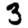
Digit: 3